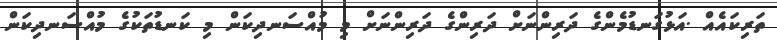
ތަރިކައެއް .އަޅުގަނޑުމެންގެ ދަރިންނަށް ދަރިންގެ ދަރިންނަށް މި މުއްސަނދިކަން މި ކަނޑުތަކުގެ މުއްސަނދިކަން